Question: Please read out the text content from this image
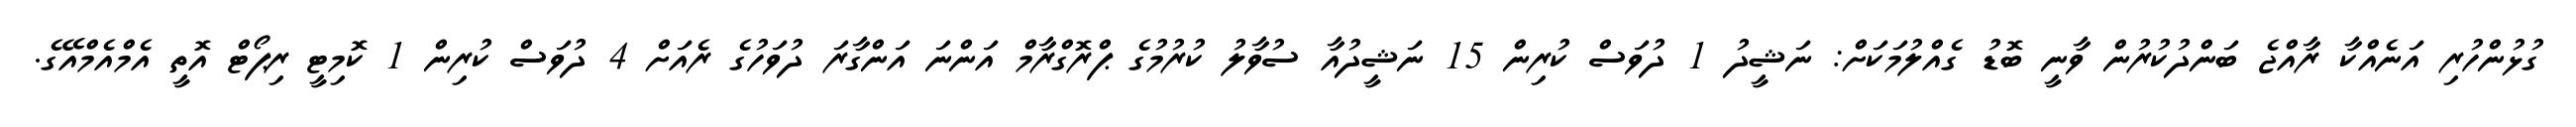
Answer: ގުޅުންހުރި އަނެއްކާ ރާއްޖެ ބަންދުކުރުން ވާނީ ބޮޑު ގެއްލުމަކަށް: ނަޝީދު 1 ދުވަސް ކުރިން 15 ނަޝީދުއާ ސުވާލު ކުރުމުގެ ޕްރޮގްރާމް އަންނަ އަންގާރަ ދުވަހުގެ ރެއަށް 4 ދުވަސް ކުރިން 1 ކޮމިޓީ ރިޕޯޓް އޮތީ އެމްއެމްއޭގެ.